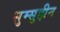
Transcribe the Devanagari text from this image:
सुम्सुद्दीन